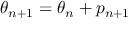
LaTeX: \theta _ { n + 1 } = \theta _ { n } + p _ { n + 1 }